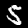
Digit: 5